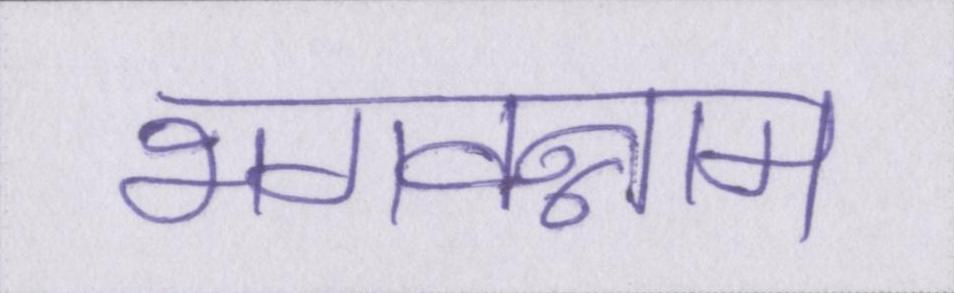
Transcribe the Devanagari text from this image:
भगवन्नाम